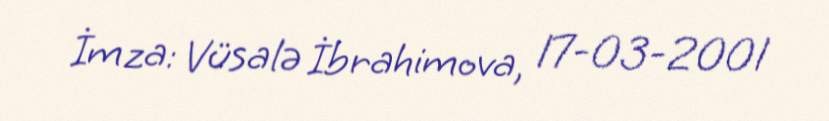
İmza: Vüsalə İbrahimova, 17-03-2001